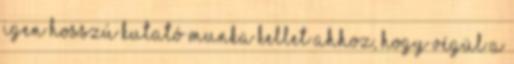
igen hosszú kutató munka kellet ahhoz, hogy végül a